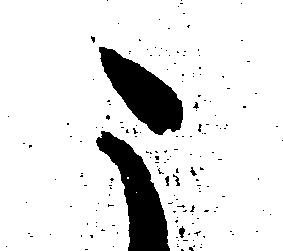
こ